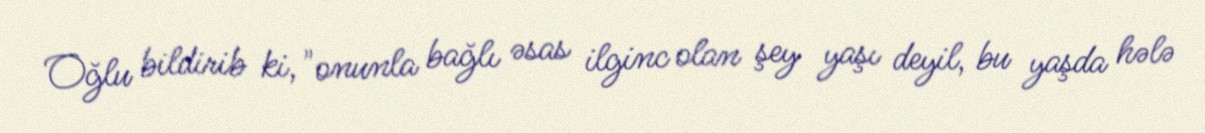
Oğlu bildirib ki, "onunla bağlı əsas ilginc olan şey yaşı deyil, bu yaşda hələ